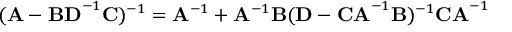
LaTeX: ( \mathbf { A } - \mathbf { B D } ^ { - 1 } \mathbf { C } ) ^ { - 1 } = \mathbf { A } ^ { - 1 } + \mathbf { A } ^ { - 1 } \mathbf { B } ( \mathbf { D } - \mathbf { C A } ^ { - 1 } \mathbf { B } ) ^ { - 1 } \mathbf { C A } ^ { - 1 }